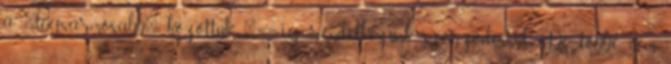
a "legsármosabb" közöttük. "2020-ig rendelkezünk szerződéssel. De többé nem